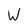
Character: W